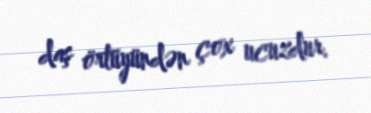
daş örtüyündən çox ucuzdur.